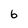
Character: 6